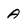
Character: a